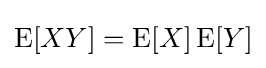
\operatorname {E} [XY]=\operatorname {E} [X]\operatorname {E} [Y]